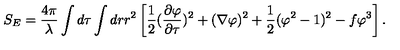
S _ { E } = { \frac { 4 \pi } { \lambda } } \int d \tau \int d r r ^ { 2 } \left[ { \frac { 1 } { 2 } } { ( { \frac { \partial \varphi } { \partial \tau } } ) ^ { 2 } + ( \nabla \varphi ) ^ { 2 } } + { \frac { 1 } { 2 } } ( \varphi ^ { 2 } - 1 ) ^ { 2 } - f \varphi ^ { 3 } \right] .